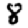
Digit: 8